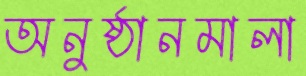
অনুষ্ঠানমালা